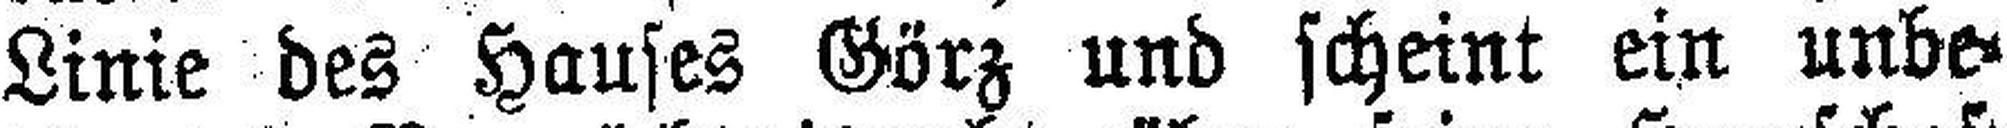
Linie des Hauses Görz und scheint ein unbe¬